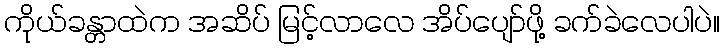
ကိုယ်ခန္တာထဲက အဆိပ် မြင့်လာလေ အိပ်ပျော်ဖို့ ခက်ခဲလေပါပဲ။